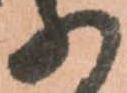
の